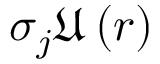
\sigma _ { j } \mathfrak { U } \left( r \right)